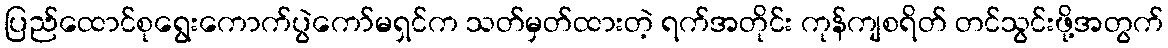
ပြည်ထောင်စုရွေးကောက်ပွဲကော်မရှင်က သတ်မှတ်ထားတဲ့ ရက်အတိုင်း ကုန်ကျစရိတ် တင်သွင်းဖို့အတွက်